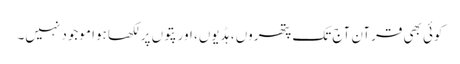
کوئی بھی قرآن آج تک پتھروں ، ہڈیوں، اور پتوں پر لکھا ہوا موجود نہیں۔